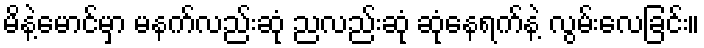
မိနဲ့မောင်မှာ မနက်လည်းဆုံ ညလည်းဆုံ ဆုံနေရက်နဲ့ လွမ်းလေခြင်း။